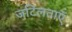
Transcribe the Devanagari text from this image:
जटिलताऍं